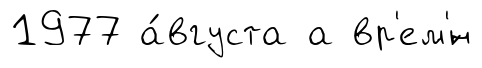
1977 а́вгуста а вр'ем'́н